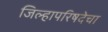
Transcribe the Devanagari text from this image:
जिल्हापरिषदेचा